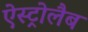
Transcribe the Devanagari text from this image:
ऐस्ट्रोलैब